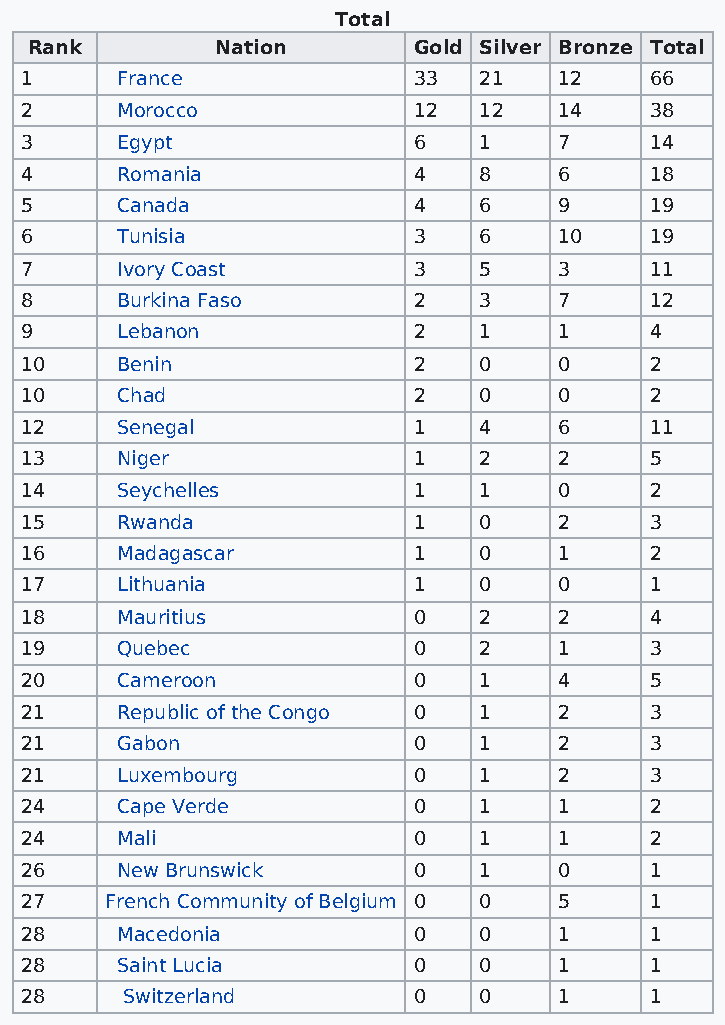
Total
 Rank        Nation       Gold Silver Bronze Total
 1      France             33   21   12    66
 2      Morocco            12   12   14    38
 3      Egypt              6    1    7     14
 4      Romania            4    8    6     18
 5      Canada             4    6    9     19
 6      Tunisia            3    6    10    19
 7      Ivory Coast        3    5    3     11
 8      Burkina Faso       2    3    7     12
 9      Lebanon            2    1    1     4
 10     Benin              2    0    0     2
 10     Chad               2    0    0     2
 12     Senegal            1    4    6     11
 13     Niger              1    2    2     5
 14     Seychelles         1    1    0     2
 15     Rwanda             1    0    2     3
 16     Madagascar         1    0    1     2
 17     Lithuania          1    0    0     1
 18     Mauritius          0    2    2     4
 19     Quebec             0    2    1     3
 20     Cameroon           0    1    4     5
 21     Republic of the Congo 0 1    2     3
 21     Gabon              0    1    2     3
 21     Luxembourg         0    1    2     3
 24     Cape Verde         0    1    1     2
 24     Mali               0    1    1     2
 26     New Brunswick      0    1    0     1
 27    French Community of Belgium 0 0 5   1
 28     Macedonia          0    0    1     1
 28     Saint Lucia        0    0    1     1
 28     Switzerland        0    0    1     1